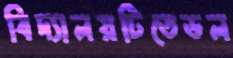
বিদ্যালয়টিতেডল